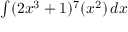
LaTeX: \textstyle \int ( 2 x ^ { 3 } + 1 ) ^ { 7 } ( x ^ { 2 } ) \, d x